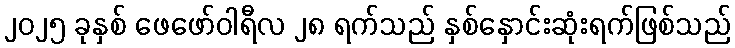
၂၀၂၅ ခုနှစ် ဖေဖော်ဝါရီလ ၂၈ ရက်သည် နှစ်နှောင်းဆုံးရက်ဖြစ်သည်